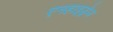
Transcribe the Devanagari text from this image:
एनहाइड्रेज